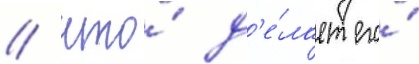
/ что́ д'е́лает его́